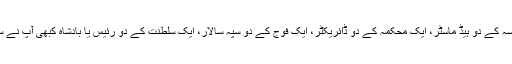
ایک مدرسہ کے دو ہیڈ ماسٹر، ایک محکمہ کے دو ڈائریکٹر، ایک فوج کے دو سپہ سالار، ایک سلطنت کے دو رئیس یا بادشاہ کبھی آپ نے سنے ہیں؟